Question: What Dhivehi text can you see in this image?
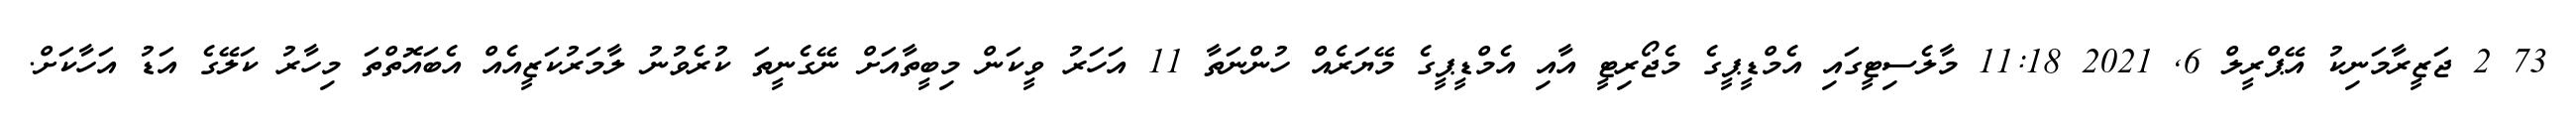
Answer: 73 2 ޖަޒީރާމަނިކު އޭޕްރީލް 6, 2021 11:18 މާލެސިޓީގައި އެމްޑީޕީގެ މެޖޯރިޓީ އާއި އެމްޑީޕީގެ މޭޔަރެއް ހުންނަތާ 11 އަހަރު ވީކަން މިބީތާއަށް ނޭގެނީތަ ކުރެވުނު ލާމަރުކަޒީއެއް އެބައޮތްތަ މިހާރު ކަލޭގެ އަޑު އަހާކަށް.